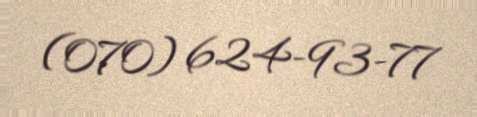
(070) 624-93-77